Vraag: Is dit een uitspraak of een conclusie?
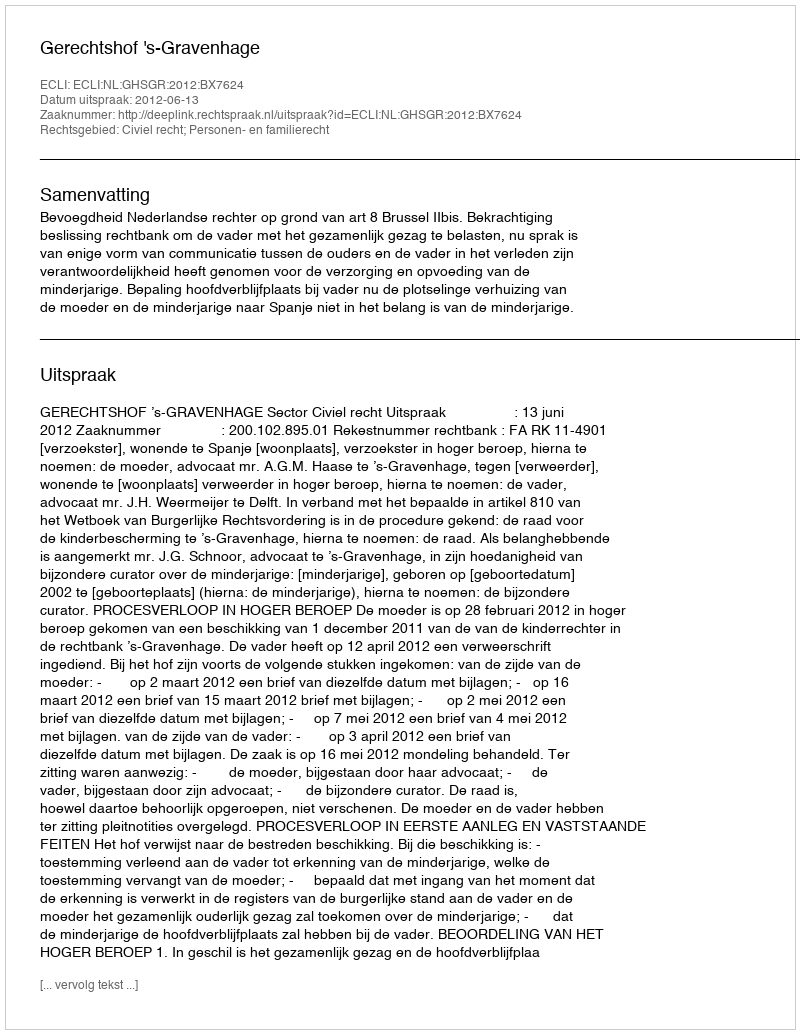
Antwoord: Uitspraak